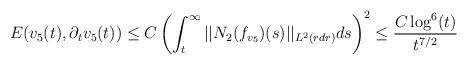
LaTeX: \begin{align*} E(v_{5}(t),\partial_{t}v_{5}(t)) &\leq C \left(\int_{t}^{\infty} ||N_{2}(f_{v_{5}})(s)||_{L^{2}(r dr)} ds\right)^{2} \leq \frac{C \log^{6}(t)}{t^{7/2}}\end{align*}